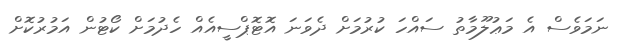
ނަމަވެސް އެ މަޢުލޫމާތު ސައްހަ ކުރުމަށް ދެވަނަ އޮޓޮޕްސީއެއް ހެދުމަށް ކޯޓުން އަމުރުކޮށް